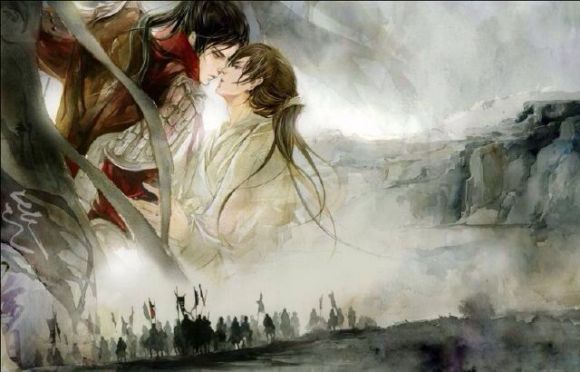
风萧萧兮易水寒，壮士一去兮不复还。